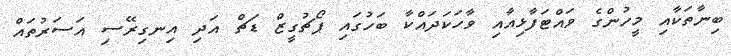
ބިނާތަކާއި މީހުންގެ ވައްޓަފާޅިއާއި ވާހަކަދައްކާ ބަހުގައި ޕޯޗުގީޒް ޑަޗް އަދި އިނގިރޭސި އަސަރުތައް